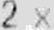
2 X